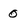
Character: 0